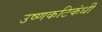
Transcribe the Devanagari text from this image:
उष्णकटिकंधी